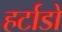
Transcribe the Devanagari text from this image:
हर्टाडो